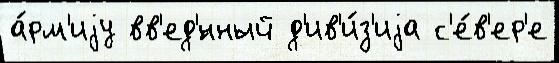
а́рм'иjу вв'ед'́нный д'ив'и́з'иjа с'е́в'ер'е